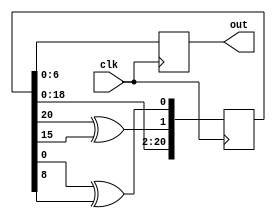
module random_gen(
	input clk, 
	output reg [6:0] out
    );
	 
	 reg [20:0] rand;
	 initial rand = ~(20'b0);
	 reg [20:0] rand_next;
	 wire feed0;
	 wire feed1;
	 
	 assign feed0 = rand[20] ^ rand[15];
	 assign feed1 = rand[0] ^ rand [8]; 
	 
	 always @ (posedge clk)
	 begin
		rand <= rand_next;
		out = rand[6:0];
	 end
	 
	 always @ (*)
	 begin
		rand_next = {rand[18:0], feed0, feed1};
	 end

endmodule